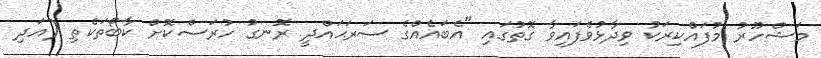
މަޝްހޫރު މުފައްކިރަކު ވިދާޅުވެފައިވާ ގޮތުގައި "އެބައެއްގެ ސަރަޙައްދީ ރޮނގު ހުރަސްކޮށް ކާބޯތަކެތި (އަދި